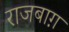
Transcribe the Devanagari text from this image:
राजबाग़